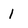
Character: 1